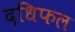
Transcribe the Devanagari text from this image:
दधिफल